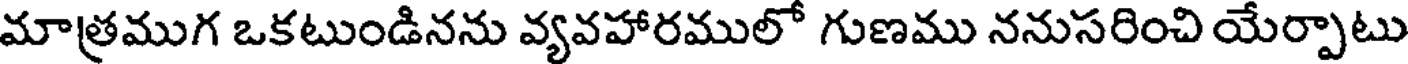
మాత్రముగ ఒకటుండినను వ్యవహారములో గుణము ననుసరించి యేర్పాటు